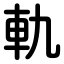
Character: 軌